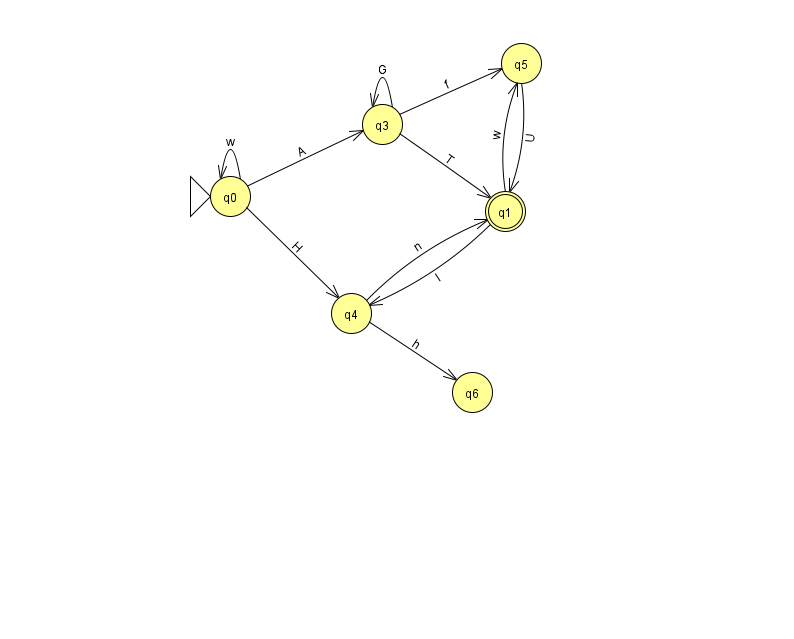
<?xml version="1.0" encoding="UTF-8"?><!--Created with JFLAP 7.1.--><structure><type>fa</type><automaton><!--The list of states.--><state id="0" name="q0"><x>230.0</x><y>183.0</y><initial/></state><state id="1" name="q1"><x>505.0</x><y>198.0</y><final/></state><state id="3" name="q3"><x>382.0</x><y>111.0</y></state><state id="4" name="q4"><x>351.0</x><y>300.0</y></state><state id="5" name="q5"><x>521.0</x><y>50.0</y></state><state id="6" name="q6"><x>472.0</x><y>379.0</y></state><!--The list of transitions.--><transition><from>0</from><to>4</to><read>H</read></transition><transition><from>0</from><to>3</to><read>A</read></transition><transition><from>3</from><to>5</to><read>f</read></transition><transition><from>0</from><to>0</to><read>w</read></transition><transition><from>3</from><to>3</to><read>G</read></transition><transition><from>4</from><to>1</to><read>n</read></transition><transition><from>5</from><to>1</to><read>U</read></transition><transition><from>1</from><to>5</to><read>w</read></transition><transition><from>3</from><to>1</to><read>T</read></transition><transition><from>4</from><to>6</to><read>h</read></transition><transition><from>1</from><to>4</to><read>I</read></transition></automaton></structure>